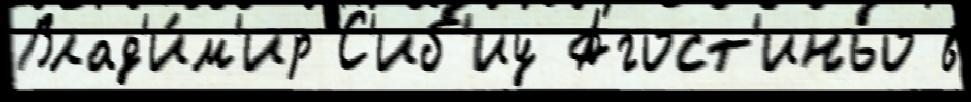
Влад'и́м'ир С'иб'иу Агост'иньо в